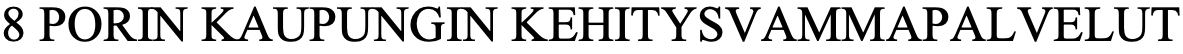
8 PORIN KAUPUNGIN KEHITYSVAMMAPALVELUT